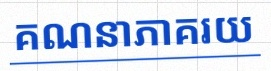
គណនាភាគរយ